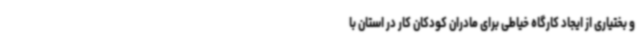
و بختیاری از ایجاد کارگاه خیاطی برای مادران کودکان کار در استان با